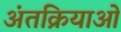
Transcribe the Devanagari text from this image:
अंतक्रियाओं